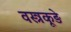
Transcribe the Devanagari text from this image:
वस्त्रकूड़े